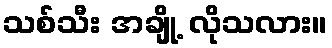
သစ်သီး အချို့ လိုသလား။